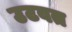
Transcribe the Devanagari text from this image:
उटवत